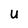
Character: U